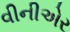
વીનીએર